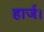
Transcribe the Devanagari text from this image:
हार्ज।